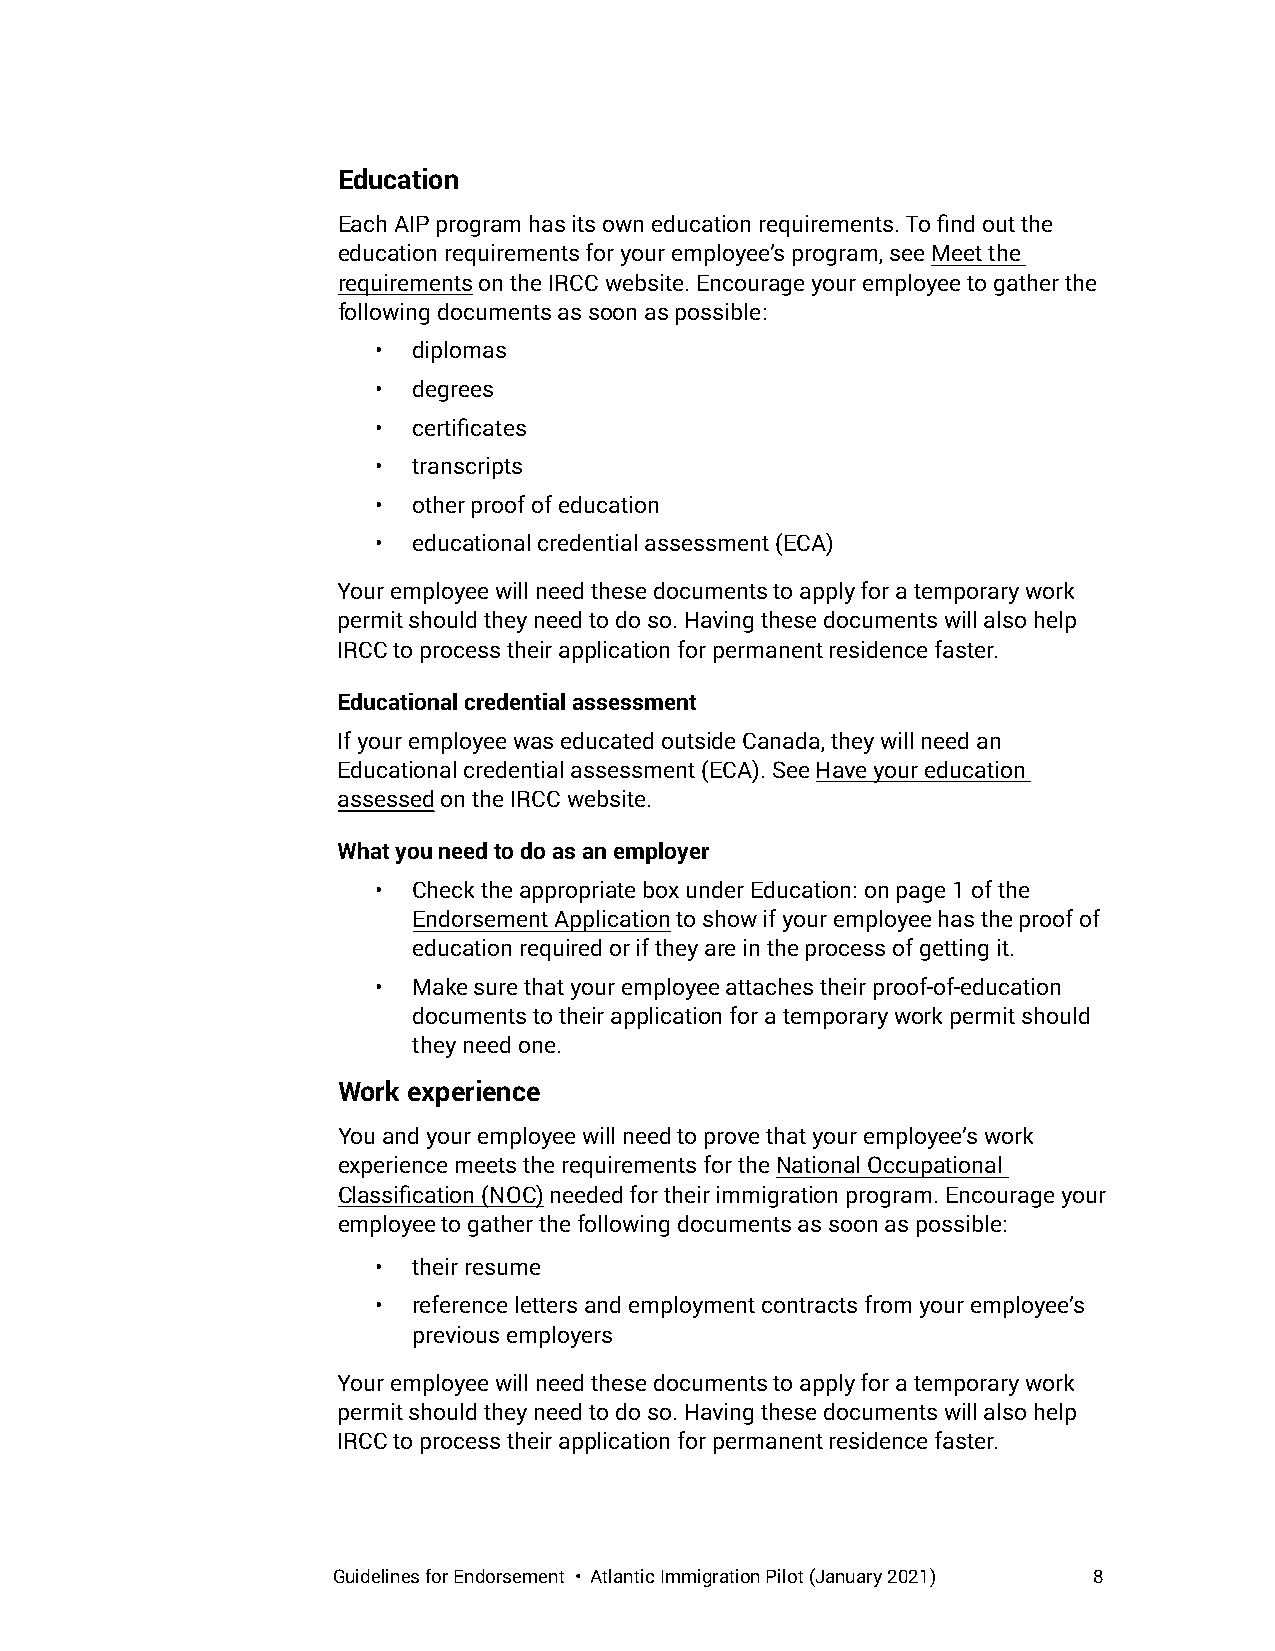
Education
 Each AIP program has its own education requirements. To find out the
 education requirements for your employee’s program, see Meet the
 requirements on the IRCC website. Encourage your employee to gather the
 following documents as soon as possible:
 • diplomas
 • degrees
 • certificates
 • transcripts
 • other proof of education
 • educational credential assessment (ECA)
 Your employee will need these documents to apply for a temporary work
 permit should they need to do so. Having these documents will also help
 IRCC to process their application for permanent residence faster.
 Educational credential assessment
 If your employee was educated outside Canada, they will need an
 Educational credential assessment (ECA). See Have your education
 assessed on the IRCC website.
 What you need to do as an employer
 • Check the appropriate box under Education: on page 1 of the
 Endorsement Application to show if your employee has the proof of
 education required or if they are in the process of getting it.
 • Make sure that your employee attaches their proof-of-education
 documents to their application for a temporary work permit should
 they need one.
 Work experience
 You and your employee will need to prove that your employee’s work
 experience meets the requirements for the National Occupational
 Classification (NOC) needed for their immigration program. Encourage your
 employee to gather the following documents as soon as possible:
 • their resume
 • reference letters and employment contracts from your employee’s
 previous employers
 Your employee will need these documents to apply for a temporary work
 permit should they need to do so. Having these documents will also help
 IRCC to process their application for permanent residence faster.
 Guidelines for Endorsement • Atlantic Immigration Pilot (January 2021) 8